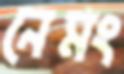
নেমং